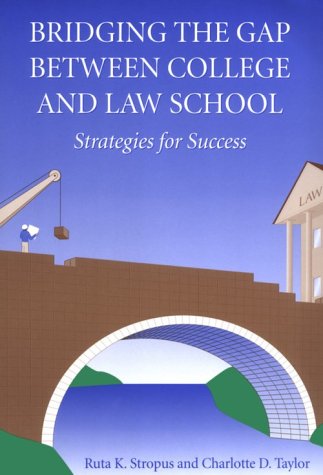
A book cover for Bridging the Gap Between College and Law School: Strategies for Success; Ruta K. Stropus; Education & Teaching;